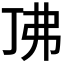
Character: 𫸨